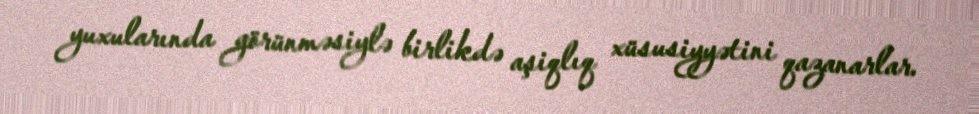
yuxularında görünməsiylə birlikdə aşiqlıq xüsusiyyətini qazanarlar.